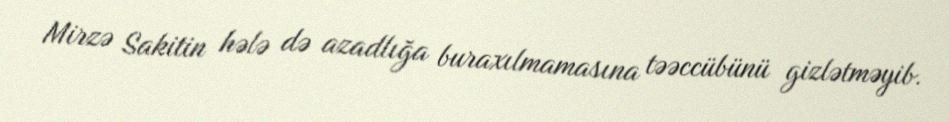
Mirzə Sakitin hələ də azadlığa buraxılmamasına təəccübünü gizlətməyib.